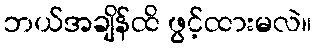
ဘယ်အချိန်ထိ ဖွင့်ထားမလဲ။